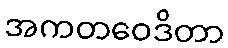
အကတဝေဒိတာ